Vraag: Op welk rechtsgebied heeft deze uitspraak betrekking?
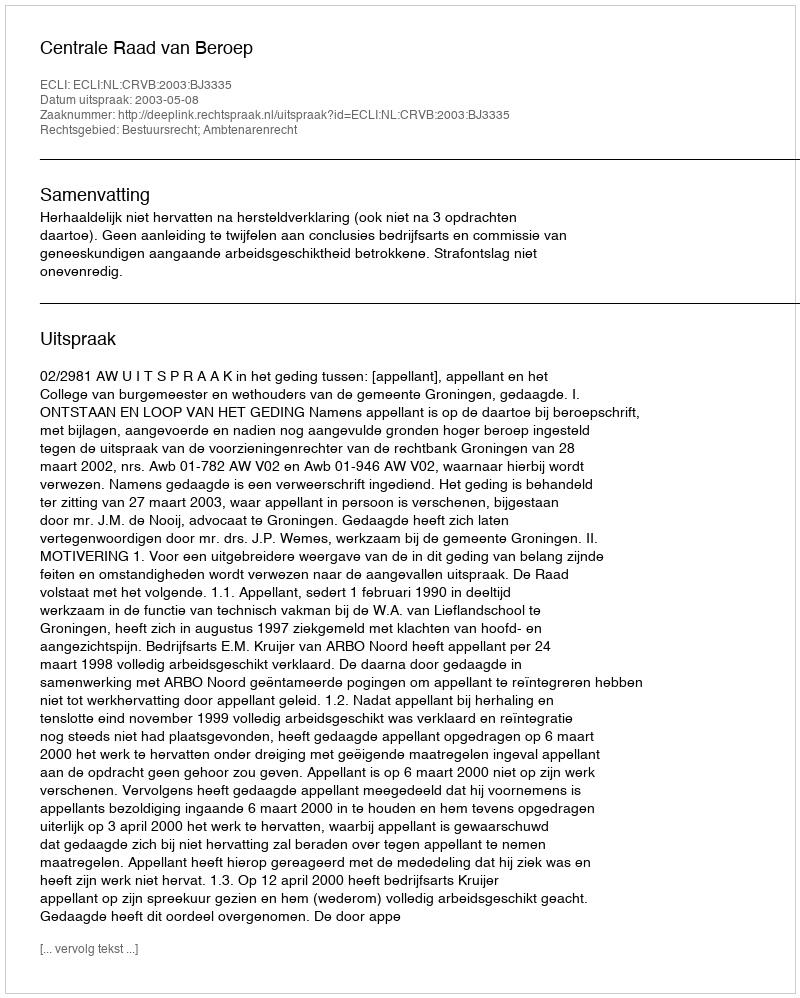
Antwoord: Bestuursrecht; Ambtenarenrecht